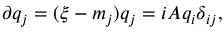
\partial q _ { j } = ( \xi - m _ { j } ) q _ { j } = i A q _ { i } \delta _ { i j } ,